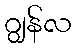
ဂျွန်လ